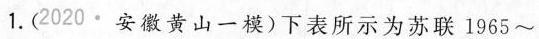
1.(2020·安徽黄山一模)下表所示为苏联1965~